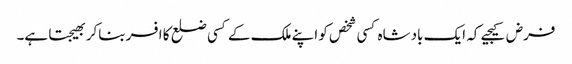
فرض کیجیے کہ ایک بادشاہ کسی شخص کو اپنے ملک کے کسی ضلع کا افسر بناکر بھیجتا ہے۔